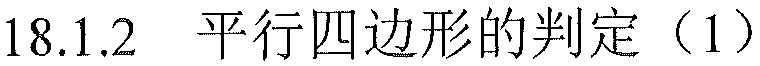
18.1.2 平行四边形的判定（1）